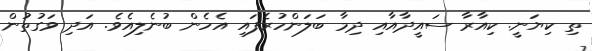
ތި ކިޔަނީ. ކިއާރާ ސައީދާއާއި ދިމާ ބަލަންހުރެފައި އެހެން ބުނެލިއެވެ. އަދި ވަގުތުން